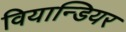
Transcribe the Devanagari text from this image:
वियान्डियर